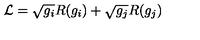
{ \cal L } = \sqrt { g _ { i } } R ( g _ { i } ) + \sqrt { g _ { j } } R ( g _ { j } )